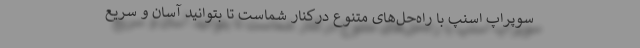
سوپراپ اسنپ با راه‌حل‌های متنوع درکنار شماست تا بتوانید آسان و سریع